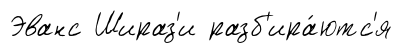
Эванс Шираз'и разб'ира́ютс'я